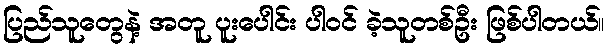
ပြည်သူတွေနဲ့ အတူ ပူးပေါင်း ပါဝင် ခဲ့သူတစ်ဦး ဖြစ်ပါတယ်။